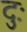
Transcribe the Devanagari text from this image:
दुः